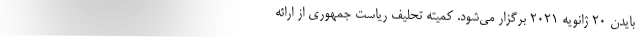
بایدن ۲۰ ژانویه ۲۰۲۱ برگزار می‌شود. کمیته تحلیف ریاست جمهوری از ارائه